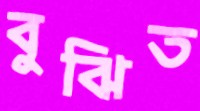
বুঝিত